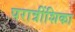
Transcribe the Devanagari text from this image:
परात्रींशिका